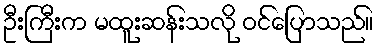
ဦးကြီးက မထူးဆန်းသလို ဝင်ပြောသည်။